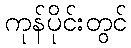
ကုန်ပိုင်းတွင်